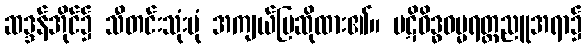
ဆဒ္ဒန်အိုင်၌ သီတင်းသုံးပုံ အကျယ်ပြဆိုထား၏။ ပဋိဝိဒ္ဓဓမ္မရတ္တညူအရာ၌